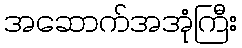
အဆောက်အအုံကြီး